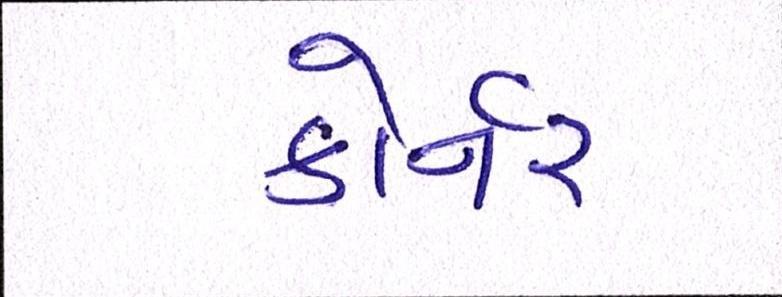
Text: કોર્નર